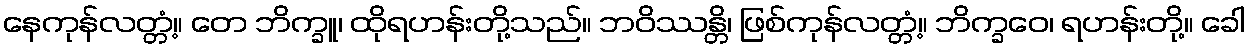
နေကုန်လတ္တံ့။ တေ ဘိက္ခူ၊ ထိုရဟန်းတို့သည်။ ဘဝိဿန္တိ၊ ဖြစ်ကုန်လတ္တံ့။ ဘိက္ခဝေ၊ ရဟန်းတို့။ ခေါ